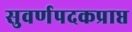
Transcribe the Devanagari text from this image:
सुवर्णपदकप्राप्त